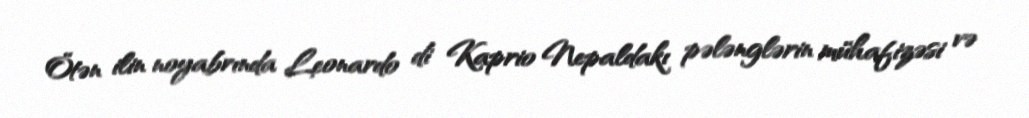
Ötən ilin noyabrında Leonardo di Kaprio Nepaldakı pələnglərin mühafizəsi və